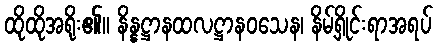
ထိုထိုအရိုး၏။ နိန္နဋ္ဌာနထလဋ္ဌာနဝသေန၊ နိမ့်ရှိုင်းရာအရပ်